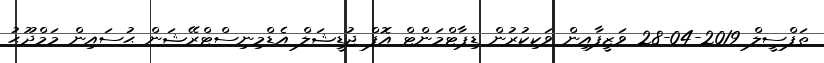
ތަފްސީލް 2019-04-28 ވަޒީފާއިން ވަކިކުރުން ޑިޕާޓްމަންޓް އޮފް ޖުޑީޝަލް އެޑްމިނިސްޓްރޭޝަން ޙުސައިން މަމްދޫޙު